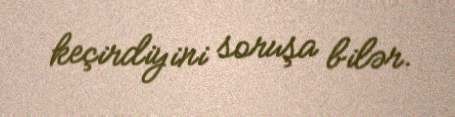
keçirdiyini soruşa bilər.